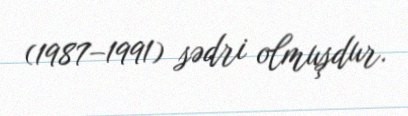
(1987–1991) sədri olmuşdur.